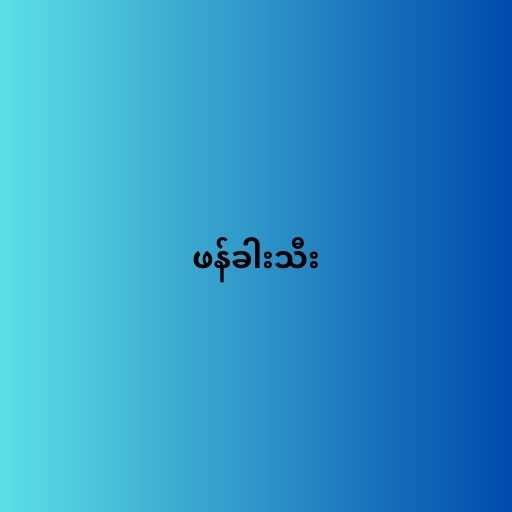
ဖန်ခါးသီး